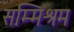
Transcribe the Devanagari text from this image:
सम्मिश्रम